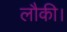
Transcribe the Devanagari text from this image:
लौकी।